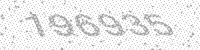
Solution: 196935